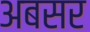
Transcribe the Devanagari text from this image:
अबसर